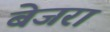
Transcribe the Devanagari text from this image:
बेजरा